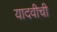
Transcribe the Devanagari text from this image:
यादवीची